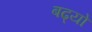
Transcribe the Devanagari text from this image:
बढ्यो